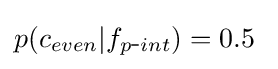
p(c_{even}|f_{p{\mbox{-}}int})=0.5\